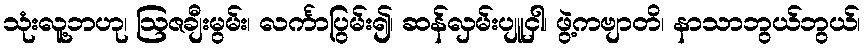
သုံးလူ့ဘဟု၊ ဩဇချီးမွမ်း၊ လင်္ကာပြွမ်း၍၊ ဆန်လှမ်းပျူငှါ၊ ဖွဲ့ကဗျာတိ၊ နာသာဘွယ်ဘွယ်၊